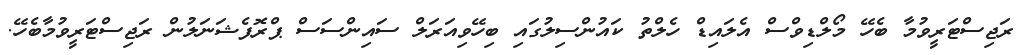
ރަޖިސްޓަރީވުމާ ބެހޭ މޯލްޑިވްސް އެލައިޑް ހެލްތު ކައުންސިލުގައި ބިހޭވިއަރަލް ސައިންސަސް ޕްރޮފެޝަނަލުން ރަޖިސްޓަރީވުމާބެހޭ.